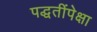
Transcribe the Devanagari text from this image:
पद्धतींपेक्षा